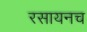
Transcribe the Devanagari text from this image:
रसायनच